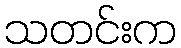
သတင်းက